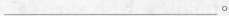
___。